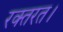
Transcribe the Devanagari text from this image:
रक्तरत।